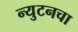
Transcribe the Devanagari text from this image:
न्युटनचा